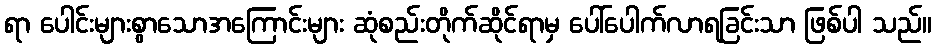
ရာ ပေါင်းများစွာသောအကြောင်းများ ဆုံစည်းတိုက်ဆိုင်ရာမှ ပေါ်ပေါက်လာရခြင်းသာ ဖြစ်ပါ သည်။